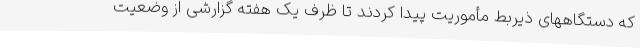
که دستگاههای ذیربط مأموریت پیدا کردند تا ظرف یک هفته گزارشی از وضعیت